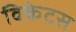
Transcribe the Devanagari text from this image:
विकेटस